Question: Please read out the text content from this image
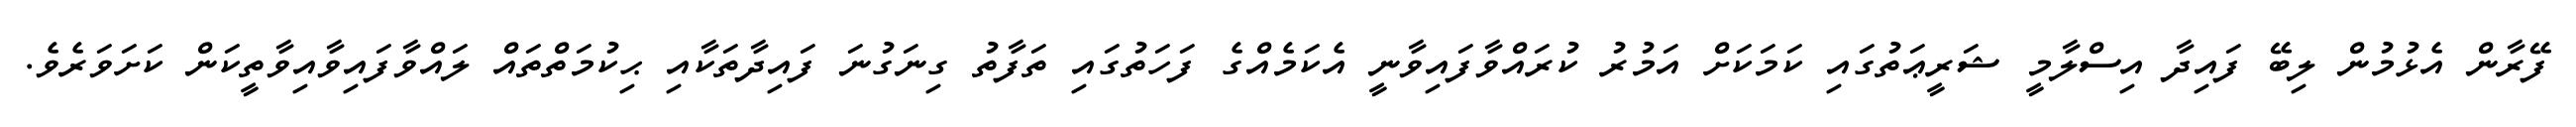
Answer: ފޭރާން އެޅުމުން ލިބޭ ފައިދާ އިސްލާމީ ޝަރީޢަތުގައި ކަމަކަށް އަމުރު ކުރައްވާފައިވާނީ އެކަމެއްގެ ފަހަތުގައި ތަފާތު ގިނަގުނަ ފައިދާތަކާއި ޙިކުމަތްތައް ލައްވާފައިވާއިވާތީކަން ކަށަވަރެވެ.